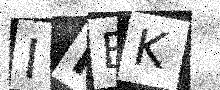
Text: IKBK